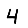
Digit: 4